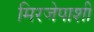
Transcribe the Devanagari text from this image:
मिरजेपाशी